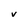
Character: V